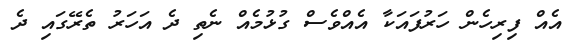
އެއް ފިރިހެން ހަރުފައަކާ އެއްވެސް ގުޅުމެއް ނެތި ދެ އަހަރު ތެރޭގައި ދެ